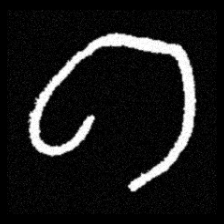
Pyu character \u2014 Myanmar letter: ဂ (romanized: ga)